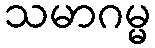
သမာဂမ္မ